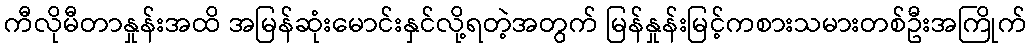
ကီလိုမီတာနှုန်းအထိ အမြန်ဆုံးမောင်းနှင်လို့ရတဲ့အတွက် မြန်နှုန်းမြင့်ကစားသမားတစ်ဦးအကြိုက်